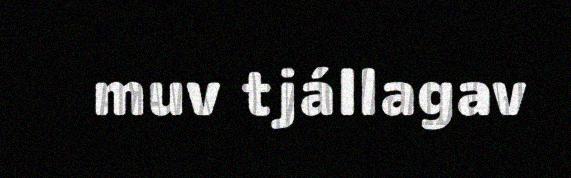
muv tjállagav